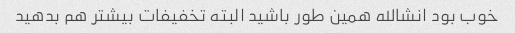
خوب بود انشالله همین طور باشید البته تخفیفات بیشتر هم بدهید